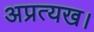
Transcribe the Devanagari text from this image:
अप्रत्यख।